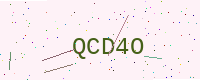
Text: QCD4O